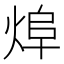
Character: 㷆